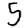
Digit: 5